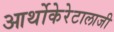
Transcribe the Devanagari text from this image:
आर्थोकेरेटालाजी